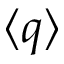
\langle q \rangle